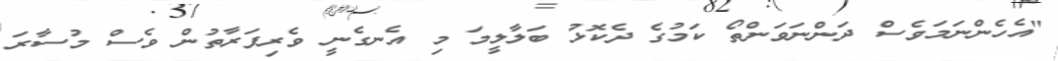
"އެހެންނަމަވެސް ދަންނަވަންތޯ ކަމުގެ ދެކޮޅު ބަލާލީމަ މި އެނގެނީ ވެރިފަރާތުން ވެސް މުސާރަ